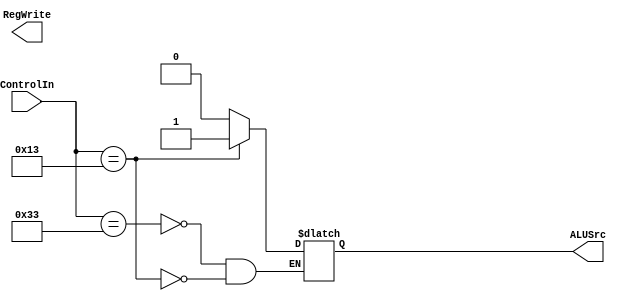
module Control(ControlIn, RegWrite, ALUSrc);


input [6:0] ControlIn;
output reg ALUSrc;
output reg RegWrite;

always @(*) begin
    case(ControlIn)
    7'b0110011: begin
        $display("R-Type");
        ALUSrc = 0; 
        end
    7'b0010011: begin 
        $display("I-Type");
        ALUSrc = 1; 
        end
    7'b1100011: $display("B-Type");
    7'b0100011: $display("S-Type");
    7'b0000011: $display("I(Load)-Type");



    endcase


end

endmodule